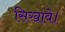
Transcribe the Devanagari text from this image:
सिखावे।